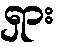
ရှား